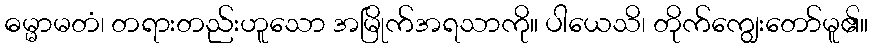
ဓမ္မာမတံ၊ တရားတည်းဟူသော အမြိုက်အရသာကို။ ပါယေသိ၊ တိုက်ကျွေးတော်မူ၏။